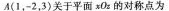
A(1，-2，3)关于平面xOs的对称点为